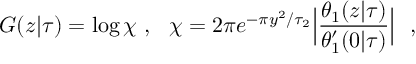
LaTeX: G ( z \vert \tau ) = \log \chi \ , \ \ \chi = 2 \pi e ^ { - \pi y ^ { 2 } / \tau _ { 2 } } \Bigl \vert { \frac { \theta _ { 1 } ( z \vert \tau ) } { \theta _ { 1 } ^ { \prime } ( 0 \vert \tau ) } } \Bigr \vert \ \ ,